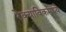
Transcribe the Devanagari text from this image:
रेक्याविकमध्ये